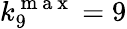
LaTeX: k_{9}^{\mathrm{~m~a~x~}}=9